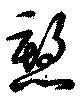
愬